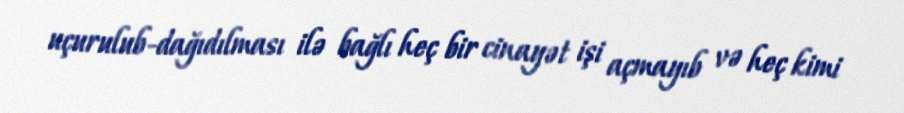
uçurulub-dağıdılması ilə bağlı heç bir cinayət işi açmayıb və heç kimi